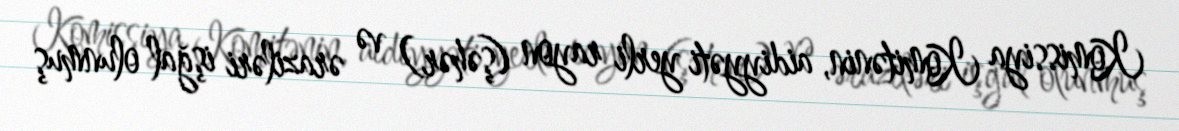
Komissiya Komitənin, aidiyyəti yerli rayon (şəhər) və əraziləri işğal olunmuş